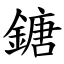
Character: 鎕